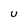
Character: U